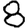
Digit: 8